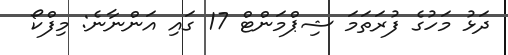
ދަޅު މަހުގެ ފުރަތަމަ ޝިޕްމަންޓް 17 ގައި އަންނާނެ: މިފްކޯ